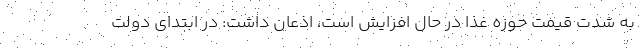
به شدت قیمت حوزه غذا در حال افزایش است، اذعان داشت: در ابتدای دولت